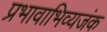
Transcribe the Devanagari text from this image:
प्रभावाभिव्यजंक